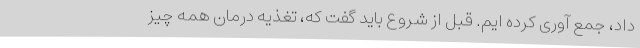
داد، جمع آوری کرده ایم. قبل از شروع باید گفت که، تغذیه درمان همه چیز